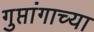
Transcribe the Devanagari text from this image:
गुप्तांगाच्या